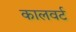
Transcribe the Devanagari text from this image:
कालवर्ट